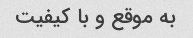
به موقع و با کیفیت